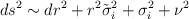
LaTeX: \begin{align*}ds^2\sim dr^2+r^2\tilde{\sigma}_i^2 + \sigma_i^2 + \nu^2\end{align*}